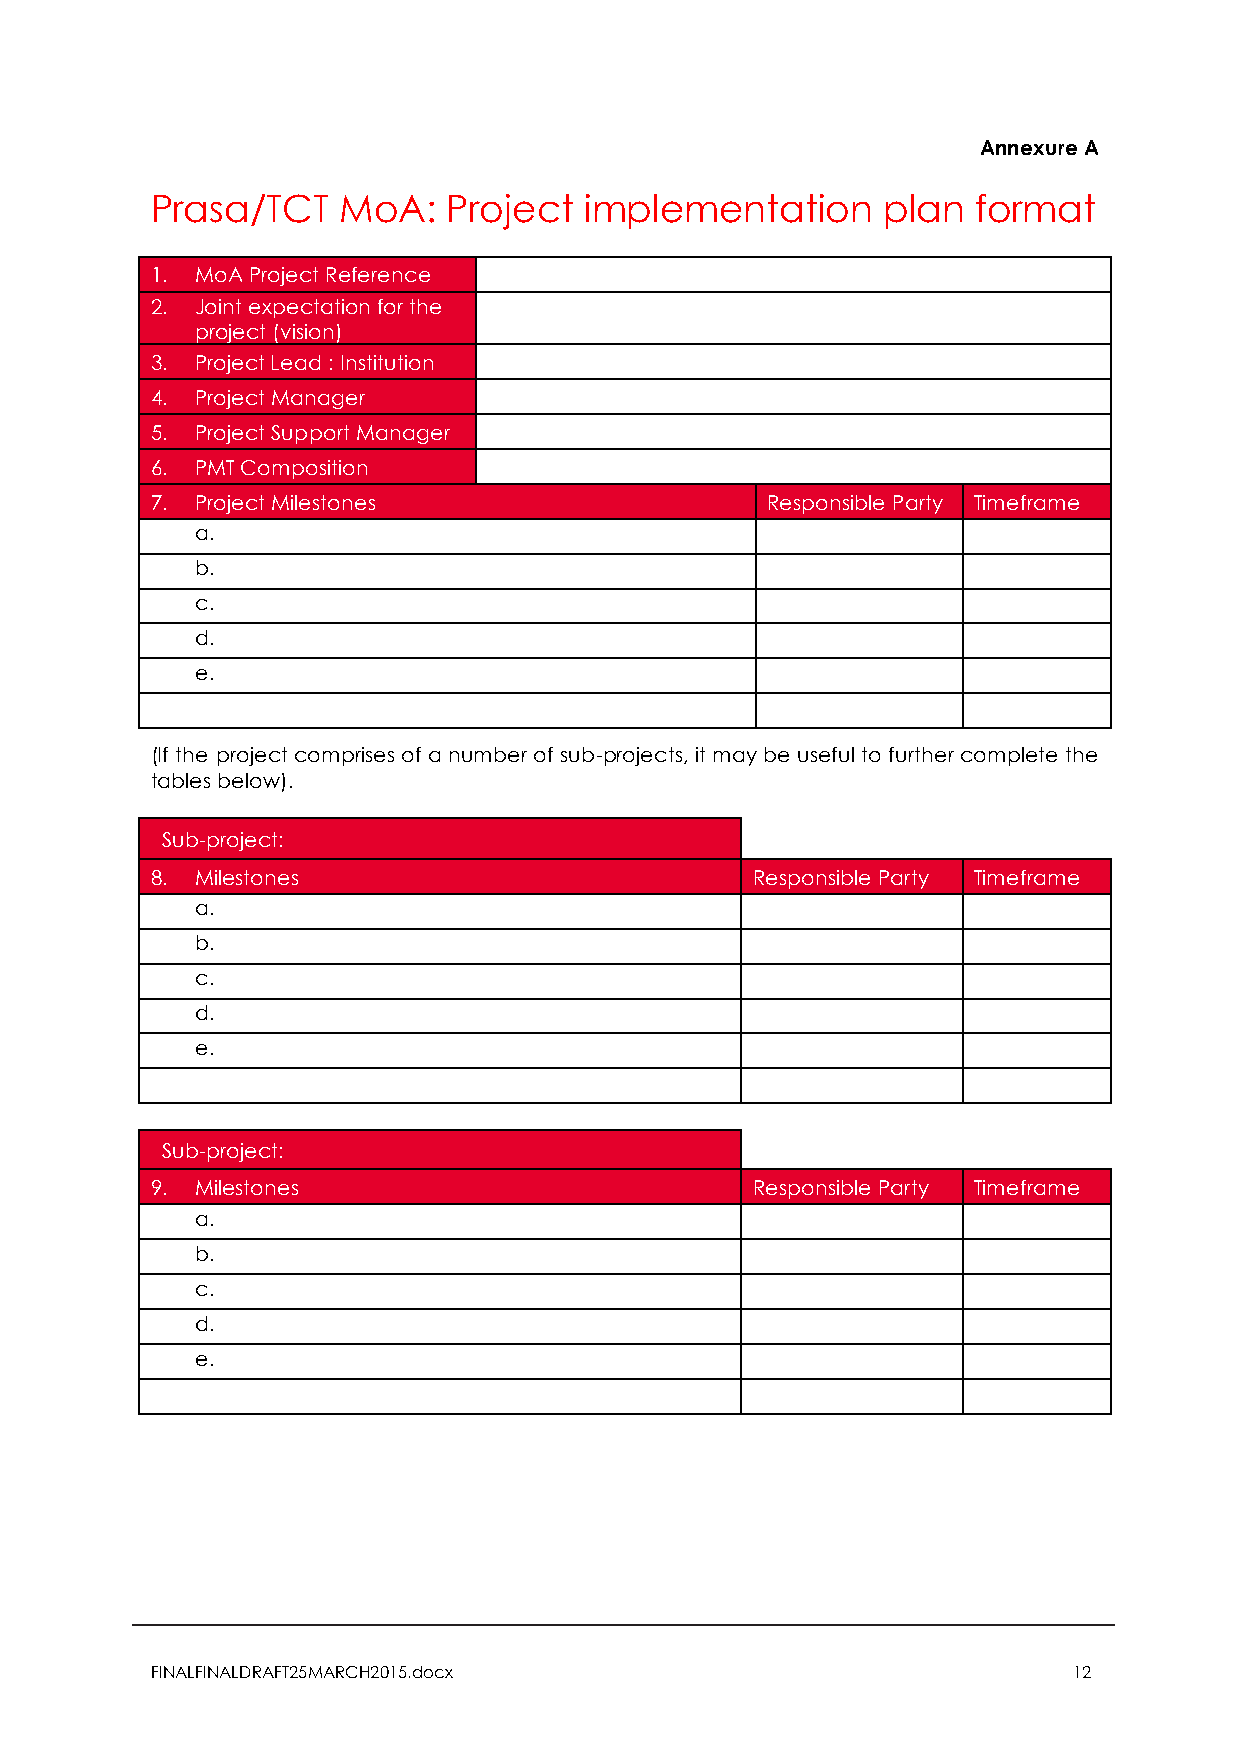
Annexure A
 Prasa/TCT   MoA:    Project  implementation     plan   format
 1. MoA Project Reference
 2. Joint expectation for the
 project (vision)
 3. Project Lead : Institution
 4. Project Manager
 5. Project Support Manager
 6. PMT Composition
 7. Project Milestones                    Responsible Party Timeframe
 a.
 b.
 c.
 d.
 e.
 (If the project comprises of a number of sub-projects, it may be useful to further complete the
 tables below).
 Sub-project:
 8. Milestones                           Responsible Party Timeframe
 a.
 b.
 c.
 d.
 e.
 Sub-project:
 9. Milestones                           Responsible Party Timeframe
 a.
 b.
 c.
 d.
 e.
 FINALFINALDRAFT25MARCH2015.docx                              12